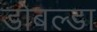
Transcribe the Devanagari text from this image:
डोबल्डा